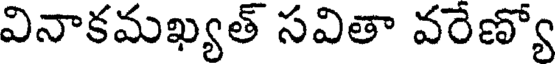
వినాకమఖ్యత్ సవితా వరేణ్యో